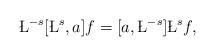
LaTeX: \begin{align*}\L^{-s}[\L^s, a] f=[a, \L^{-s}]\L^s f,\end{align*}